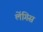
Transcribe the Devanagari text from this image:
लेंगिस